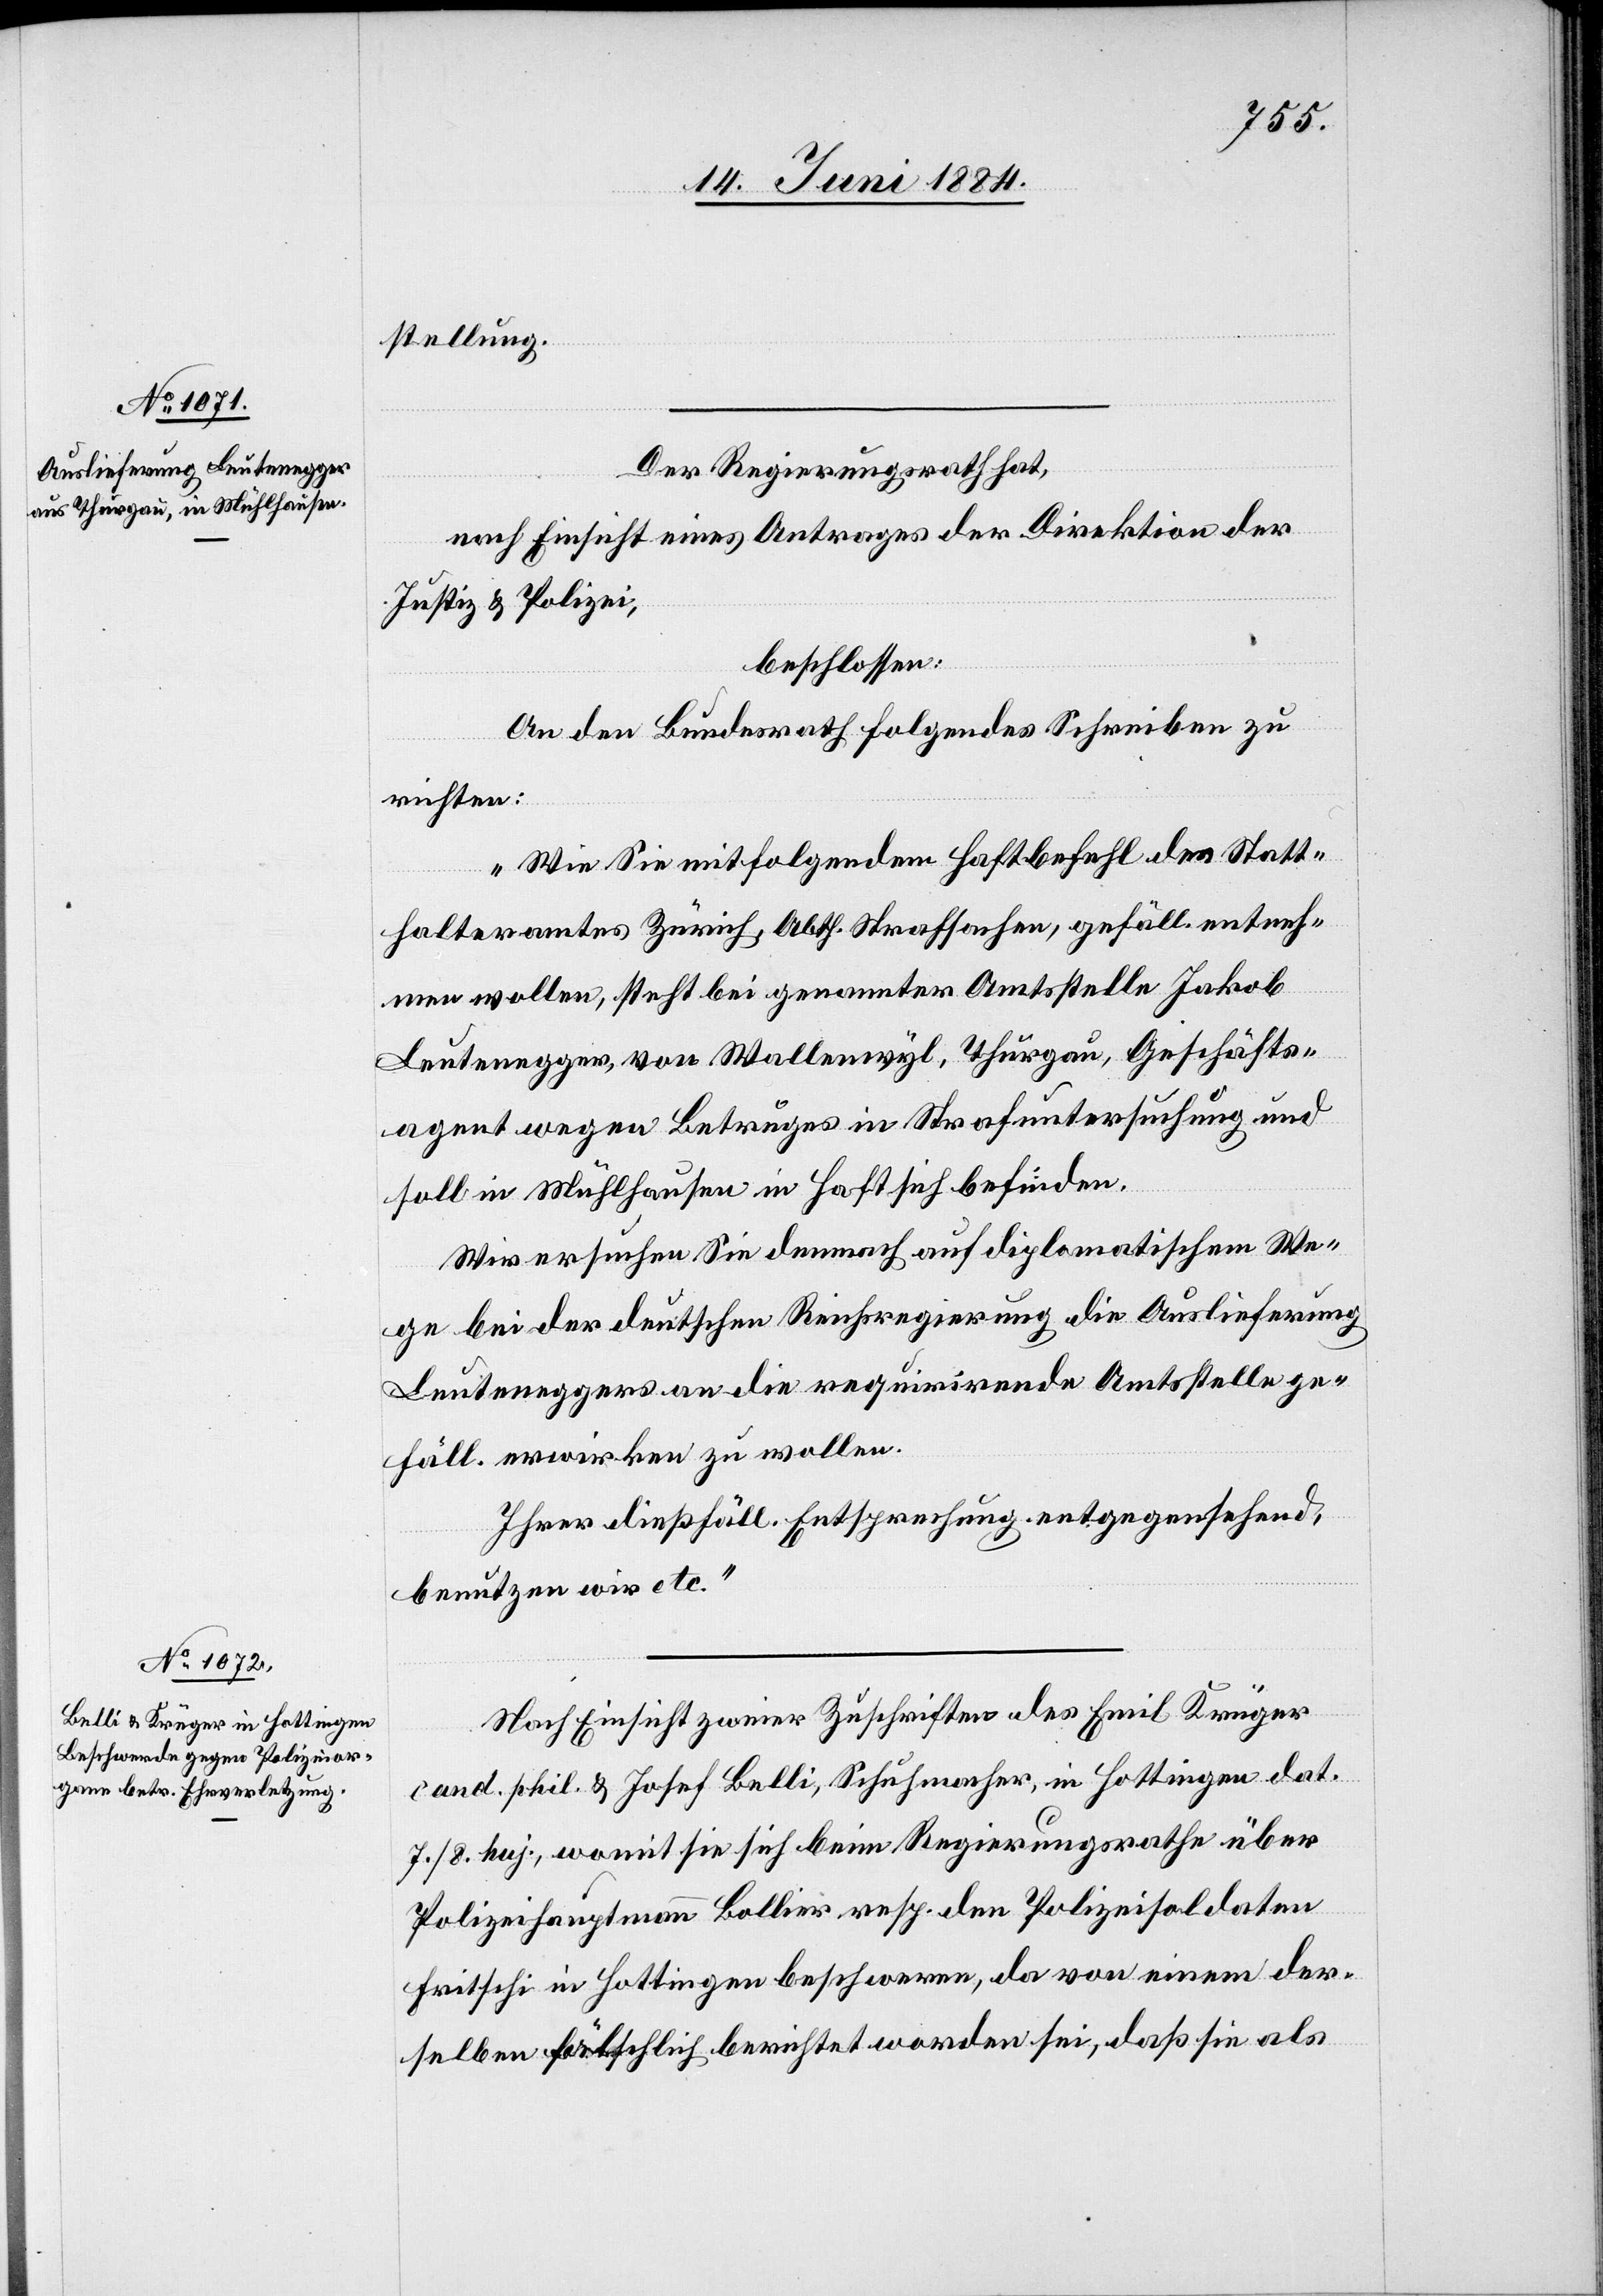
stellung.
Der Regierungsrath hat,
nach Einsicht eines Antrages der Direktion der
Justiz & Polizei,
beschlossen:
An den Bundesrath folgendes Schreiben zu
richten:
„Wie Sie mit folgendem Haftbefehl des Statt¬
halteramtes Zürich, Abth. Strafsachen, gefäll. entneh¬
men wollen, steht bei genannter Amtsstelle Jakob
Leutenegger, von Wallenwyl, Thurgau, Geschäfts¬
agent wegen Betruges in Strafuntersuchung und
soll in Mühlhausen in Haft sich befinden.
Wir ersuchen Sie demnach auf diplomatischem We¬
ge bei der deutschen Reichsregierung die Auslieferung
Leuteneggers an die requirirende Amtsstelle zu ge¬
fäll. erwirken zu wollen.
Ihrer dießfäll. Entsprechung entgegensehend,
benutzen wir etc.“
Nach Einsicht zweier Zuschriften des Emil Krüger
cand. phil. & Josef Belli, Schuhmacher, in Hottingen dat.
7./8. huj., womit sie sich beim Regierungsrathe über
Polizeihauptmann Bollier, resp. den Polizeisoldaten
Fritschi in Hottingen beschweren, da von einem der¬
selben fälschlich berichtet worden sei, daß sie als